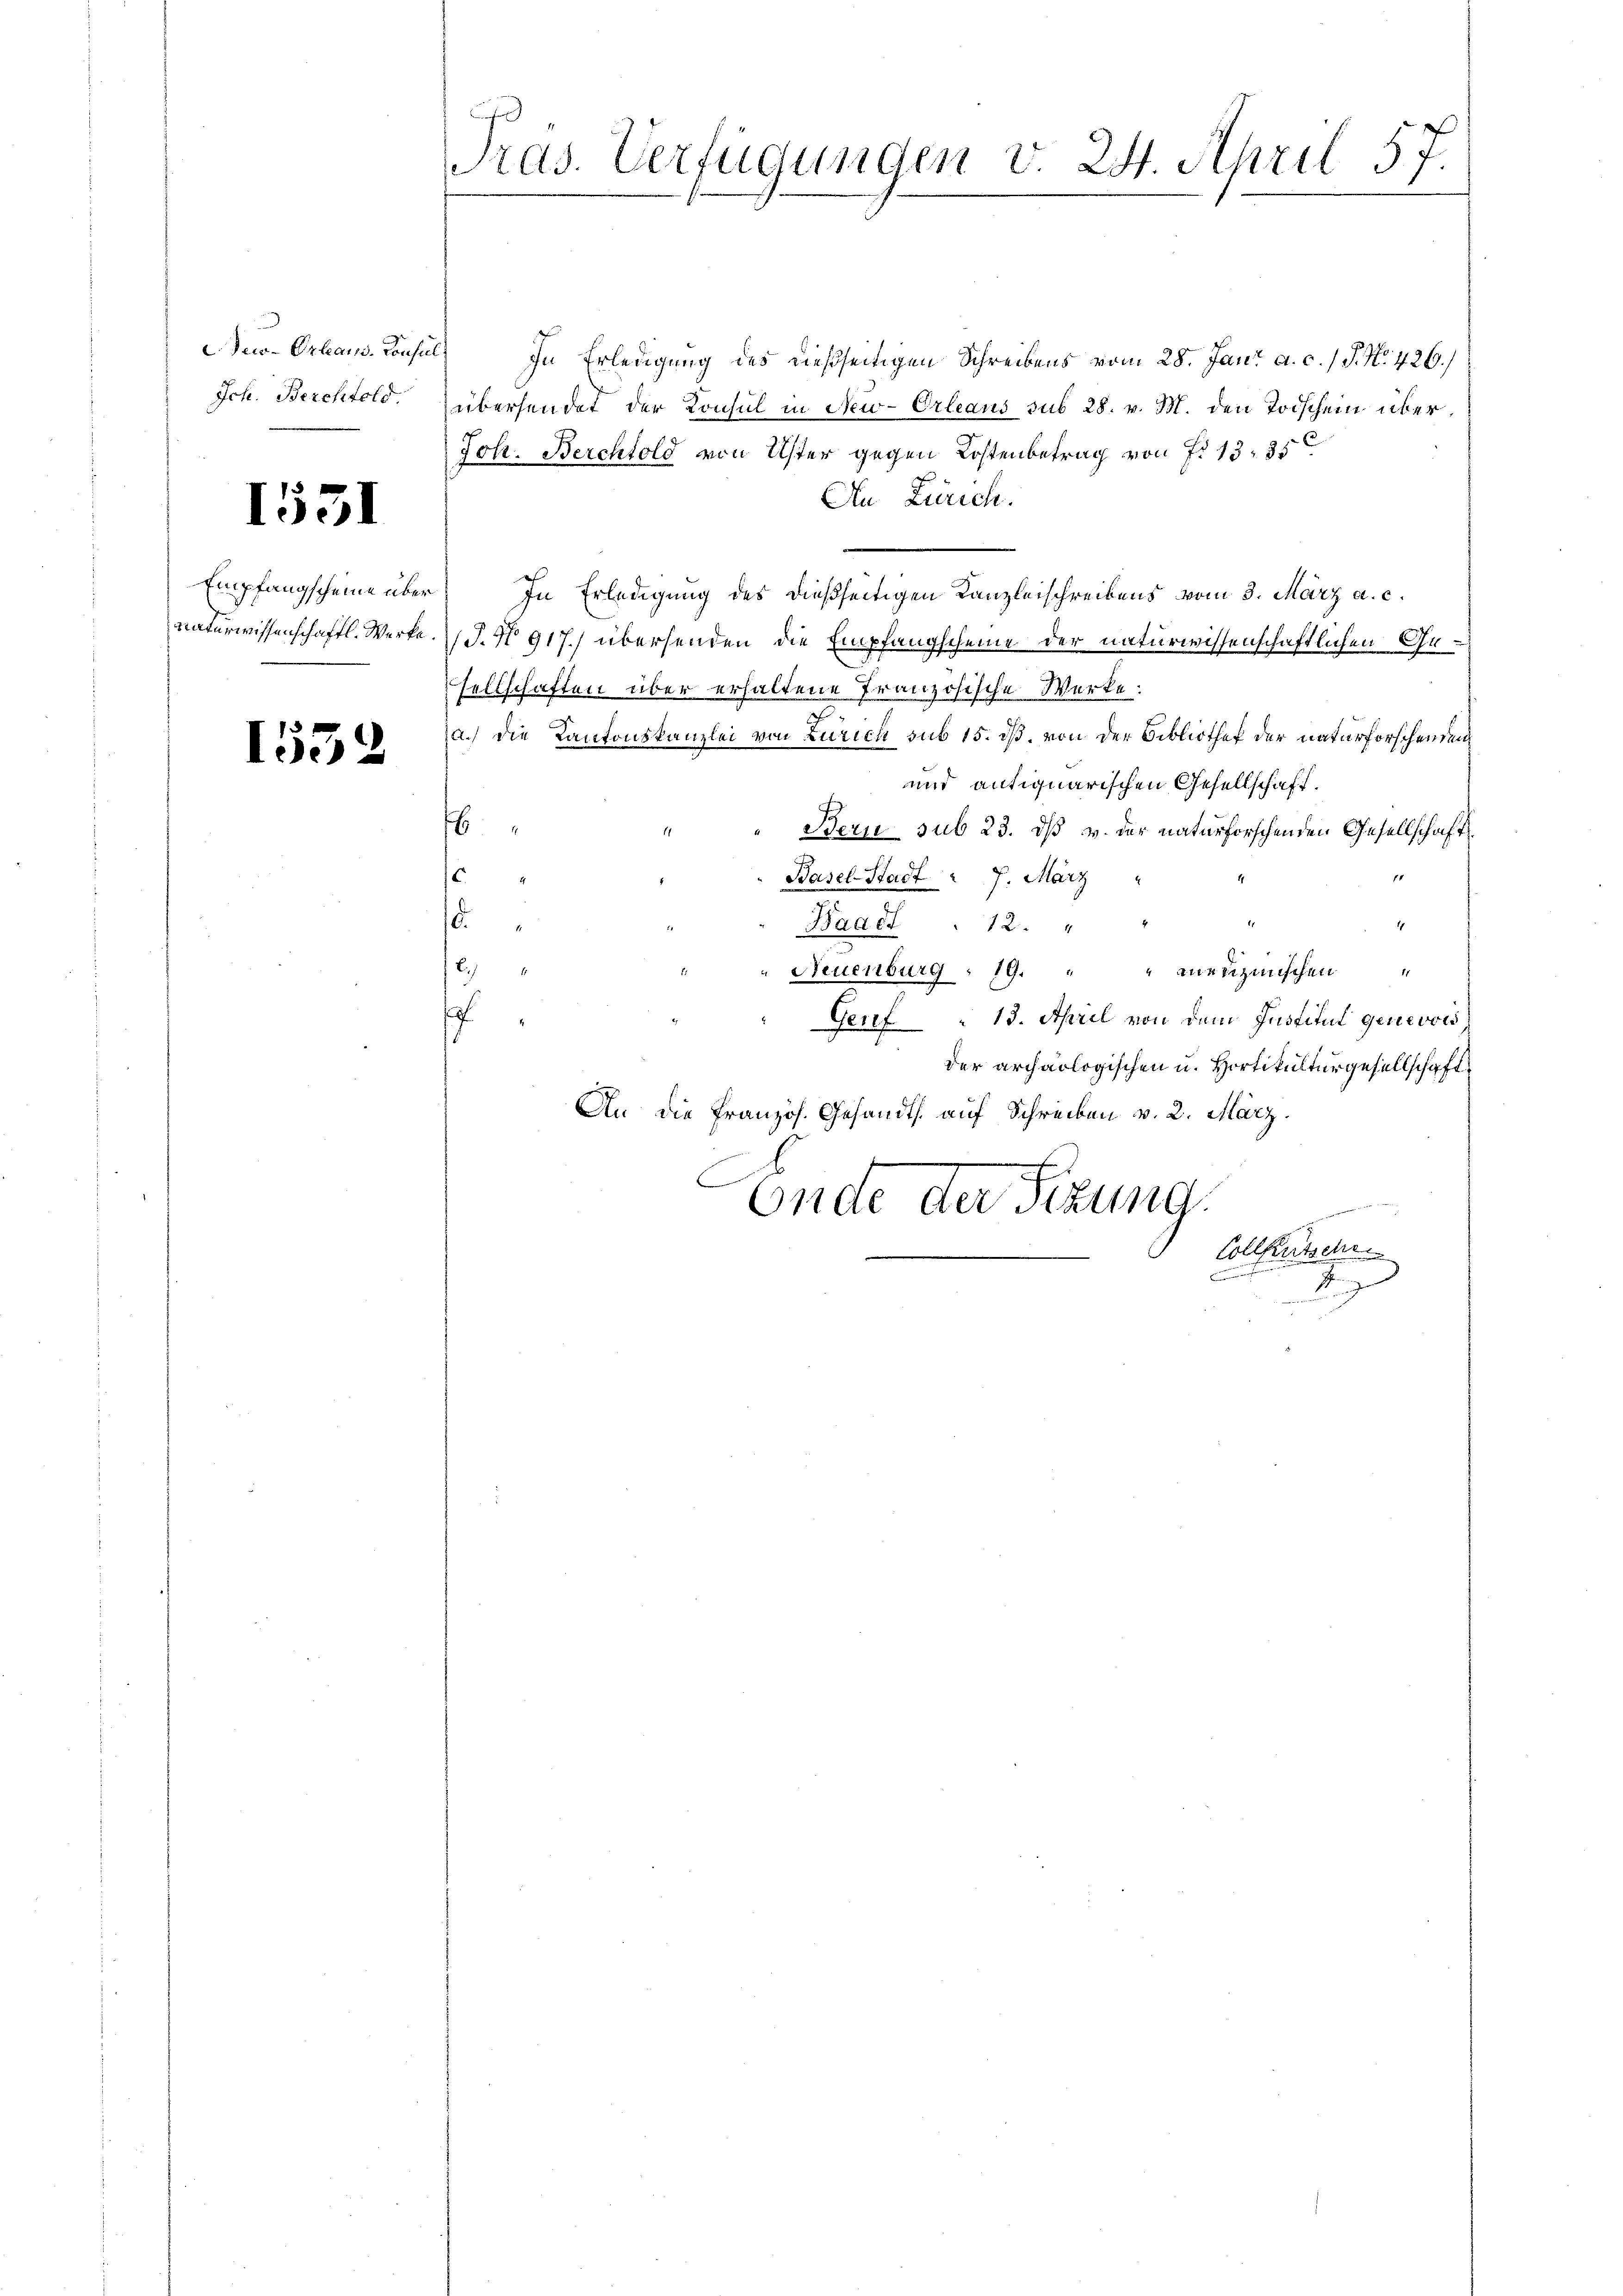
Teis-Orleaus-Consul
Ich. Berchtold.

1531

Empfangscheine über
naturwissenschaftl. Werke.

1532

u
Pras. Verfügungen v. 24. April 57.

In Erledigung des dießseitigen Schreibens vom 28. Jani a. c. 1 S. N. 426.)
übersendet der Konsul in New-Orleaus sub 28. v. M. den Tischein über¬
Joh. Berchtold von Uster gegen Kostenbetrag von Fr. 13, 35
An Zürich.
In Erledigung des dießseitigen Kanzleischreibens vom 3. März a. c.
J.No 917.) übersenden die Empfangscheine der naturwissenschaftlichen Gesellschaften über erhaltene Französische Werke:
a.) Die Kantonskanzlei von Zürich sub 15. dß, von der Bibliothek der naturforschenden
und antiquarischen Gesellschaft.
6
1
Bern sub 23. dß v. der naturforschenden Gesellschaft
1
Basel-Stadt = 7. März
s
d.
1
Baact. 12. "
.)
Neuenburg 19. " " Medizinischen "
h
Genf 13. April von dem Justitul genevois
der archäologischen u. Hortikulturgesellschaft
An die Französ. Gesandts. auf Schreiben v. 2. März.
Ende der Sizung
Colletsche
F